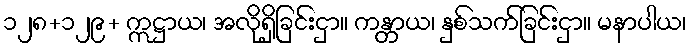
၁၂၈+၁၂၉+ ဣဋ္ဌာယ၊ အလိုရှိခြင်းငှာ။ ကန္တာယ၊ နှစ်သက်ခြင်းငှာ။ မနာပါယ၊